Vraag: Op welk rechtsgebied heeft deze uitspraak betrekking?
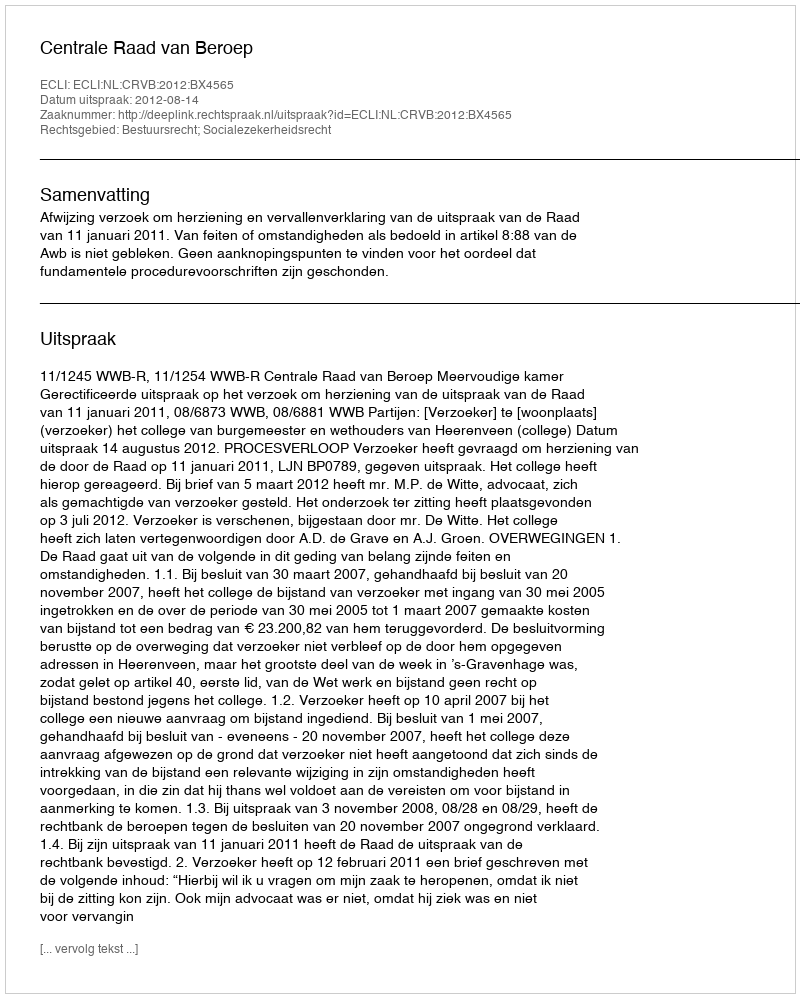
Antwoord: Bestuursrecht; Socialezekerheidsrecht